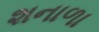
શનાળા